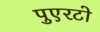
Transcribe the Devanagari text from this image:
पुएरटो